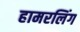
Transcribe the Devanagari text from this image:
हामरलिंग